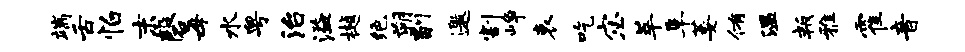
端舌怕末磬每水粤治溢樾绝朔副邀割峥哀吃宓萃阜萎侑温叛雅霍音